Code of medical and sanitary regulations for the guidance of medical officers serving in the Madras Presidency - Volume I
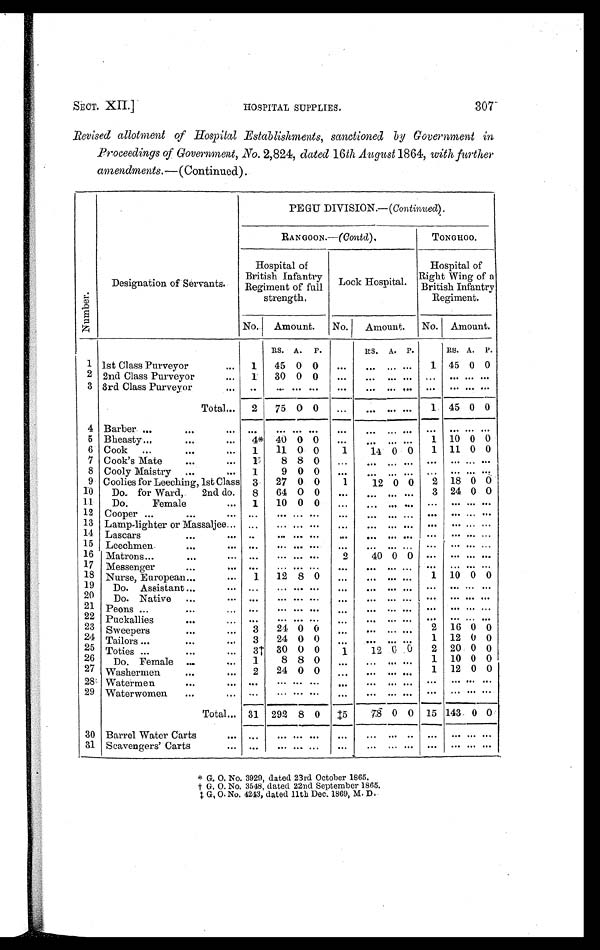
SECT. XII.] HOSPITAL SUPPLIES. 307
Revised allotment of Hospital Establishments, sanctioned by Government in
Proceedings of Government, No. 2,824, dated 16th August 1864, with further
amendments. — (Continued).
Nu mb e r .
Designation of Servants.
PEGU DIVISION.—( Continued).
RANGOON.—(Contd).
TONGHOO.
Hospital of
British Infantry
Regiment of full
s t r e n g t h .
Lock Hospital.
Hospital of
Right Wing of a
British Infantry
Regi ment.
No. Amount. No. Amount. No. Amount.
RS. A. P.
RS. A. P.
RS. A. P.
1 1st Class Purveyor
... 1 45 0 0
. . .
... . . . ... 1 45 0 0
2 2nd Class Purveyor
... 1 30 0 0
. . .
... . . . . . .
. . .
. . . . . .
...
3 3rd Class Purveyor
. . . . . .
. . . . . . . . .
. . .
... . . . . . .
. . . . . .
. . . ...
Total ... 2 75 0 0
. . .
... . . . . . . 1 45 0 0
4 Barber ...
. . .
. . . . . .
. . . . . . . . .
. . .
. . . ... ...
. . . ... . . . ...
5 Bheasty ...
. . .
. . . 4* 40 0 0
. . .
. . . . . . . . . 1 10 0 0
6 Cook ...
. . .
. . . 1 11 0 0
1
14 0 0 1 11 0 0
7 Cook's Mate
...
...
1 8 8 0
. . .
. . . . . . . . .
. . .
. . . . . .
...
8 Cooly Maistry ...
... 1
9 0 0
. . .
. . . . . . . . .
. . .
. . . . . .
...
9 Coolies for Leeching, 1st Class 3 27 0 0
1
12 0 0 2 18 0 0
10 Do. for Ward, 2nd do. 8 64 0 0
. . .
. . . . . . . . . 3 24 0 0
11 Do. Female
... 1 10 0 0 ...
. . . . . . . . .
. . .
. . . . . .
...
12 Cooper ...
. . .
... ...
. . . . . . . . .
. . .
. . . . . . . . .
. . .
. . . . . .
...
13 Lamp-lighter or Massaljee ... ...
. . . . . . . . .
. . .
. . . . . . . . .
. . .
. . . . . .
...
14 Lascars
...
. . . . . .
. . . . . . . . .
. . .
. . . . . . . . .
. . .
. . . . . .
...
15 Leechmen
. . .
. . . . . .
. . . . . . . . .
. . .
. . . . . . . . .
. . .
. . . . . .
...
16 Matrons
...
...
. . .
. . . . . . . . . 2
40 0 0
. . .
. . . ... ...
17 Messenger
...
. . . . . . ... ... ...
. . .
. . . . . . . . . . . . ... . . . ...
18 Nurse, European . . .
. . . 1 12 8 0
. . .
. . . . . . . . . 1 10 0 0
19 Do. Assistant ...
... ...
... . . . . . .
...
. . . . . . . . .
. . .
. . . . . .
...
20 Do. Native ...
. . . . . .
. . . . . . . . .
. . .
. . .
. . . . . .
. . .
. . . . . .
...
21 Peons ...
...
. . . . . .
. . . . . . . . .
. . .
. . . . . . . . .
. . .
. . . . . .
...
22 Puckallies
. . .
...
. . .
... ... ...
. . .
. . . . . . . . . . . .
. . . . . .
...
23 Sweepers
...
... 3 24 0 0
. . .
. . . . . . . . . 2 16 0 0
24 Tailors ...
...
... 3 24 0 0
. . . ... . . . . . . 1 12 0 0
25 Toties ...
...
... 3† 30 0 0
1
12 0 0 2 20 0 0
26 Do. Female ...
... 1
8 8 0 ...
. . . . . . . . . 1 10 0 0
27 Washermen
. . .
... 2 24 0 0
. . .
. . . . . . . . . 1 12 0 0
28 Watermen
...
. . . . . .
. . . . . . . . .
...
. . . . . . . . .
. . .
. . . . . .
...
29 Waterwomen ...
. . . . . . ... . . . . . .
...
. . . . . . . . .
. . .
. . . . . .
...
Total ... 31 292 8 0 ‡5
7 8
0 0 15 143 0 0
30 Barrel Water Carts
. . . . . .
. . . . . . . . .
. . .
. . . . . . . . .
. . .
. . . . . .
...
3 1 Scavengers' Carts
. . . . . .
. . . . . . . . .
. . .
. . .
... . . . . . .
. . . . . . ...
* G. O. No. 3929, dated 23rd October 1865.
† G. O. No. 3548, dated 22nd September 1865.
‡ G. O. No. 4243, dated 11th Dec. 1869, M. D.